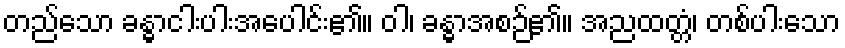
တည်သော ခန္ဓာငါးပါးအပေါင်း၏။ ဝါ၊ ခန္ဓာအစဉ်၏။ အညထတ္တံ၊ တစ်ပါးသော